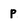
Character: p